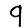
Digit: 9